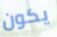
يكون